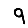
Digit: 9